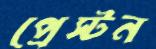
প্রেস্টন